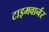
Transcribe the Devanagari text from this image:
टाइमवार्नर